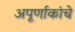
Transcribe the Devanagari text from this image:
अपूर्णाकांचे